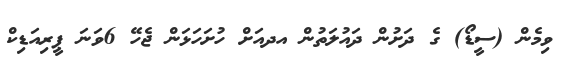
ވިމެން (ސީޑޯ) ގެ ދަށުން ދައުލަތުން އދއަށް ހުށަހަޅަން ޖެހޭ 6ވަނަ ޕީރިއަޑިކް